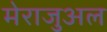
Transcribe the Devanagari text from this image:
मेराजुअल